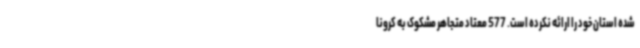
شده استان خود را ارائه نکرده است. 577 معتاد متجاهر مشکوک به کرونا